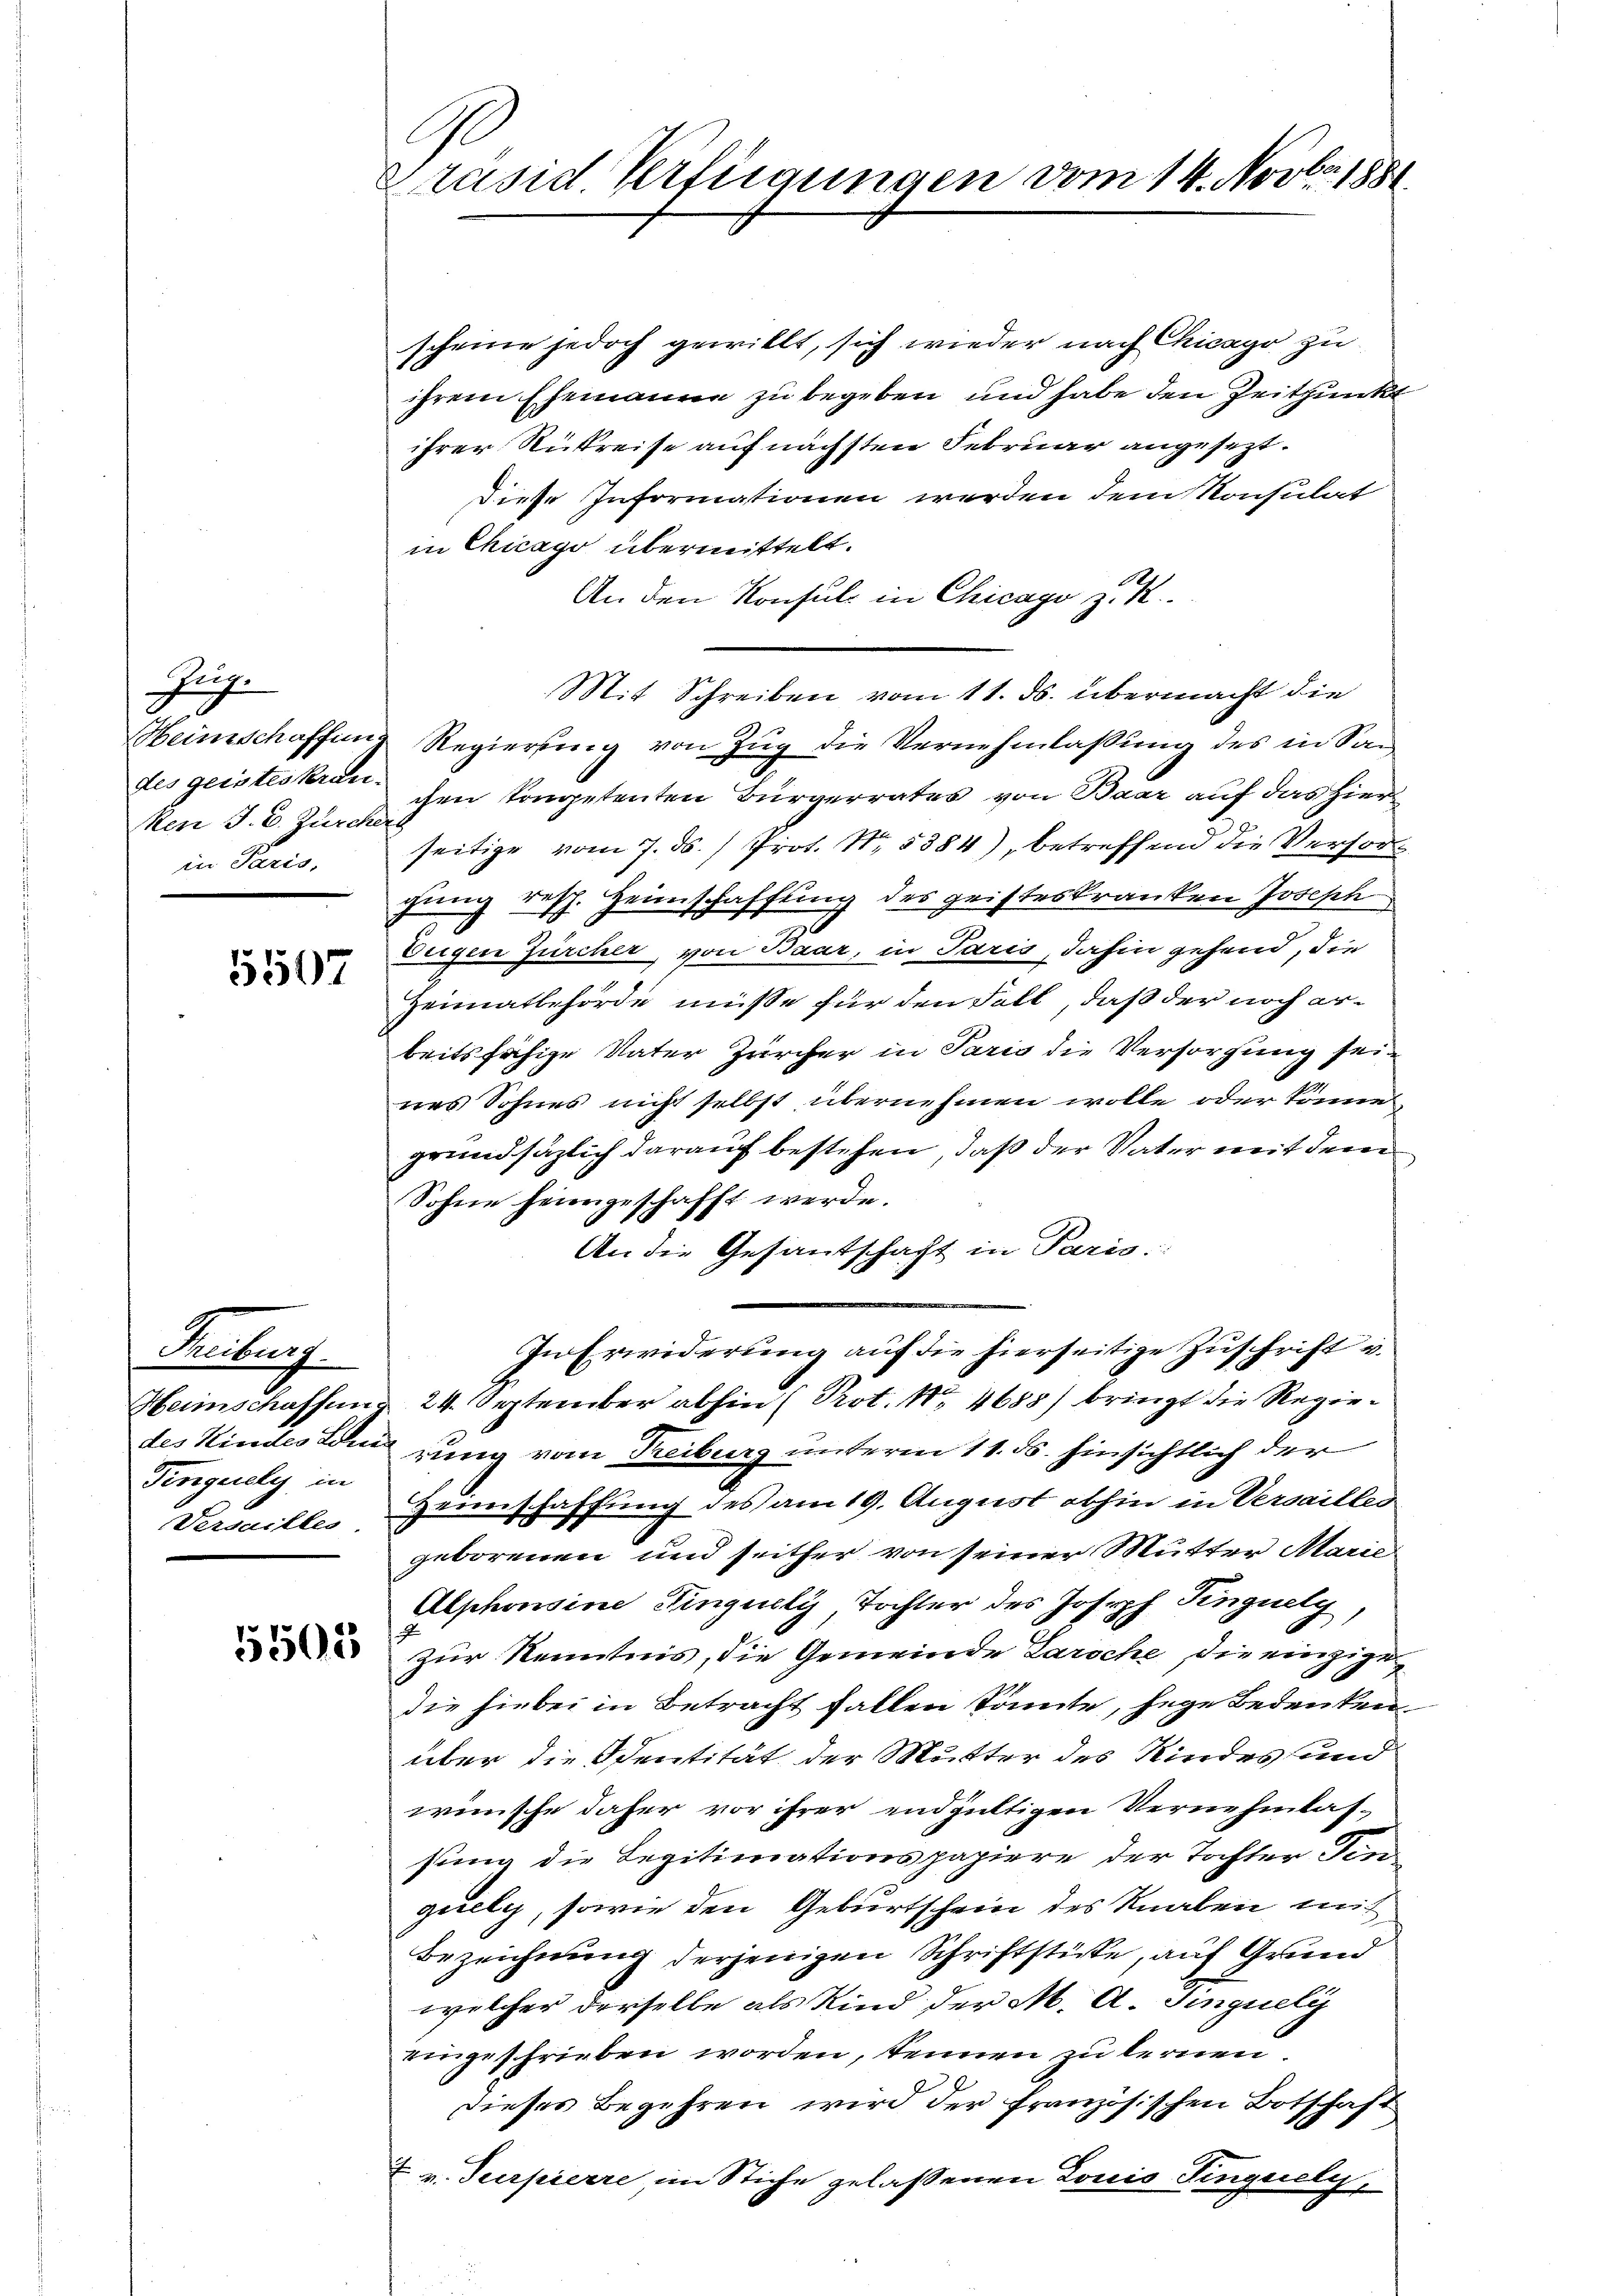
Juge
des geisteskran
Ren J. C. Zürcher
in Paris,

5507

Rechtsf
Fingerey in

5505

C
Präsid. Verfügungen vom 14. Novbr. 1881

scheine jedoch gewillt, sich wieder nach Chicago zu
ihrem Ehemanne zu begeben und habe den Zeitpunkt
ihrer Rückreise auf nächsten Februar angesezt.
Diese Informationen werden dem Konsulat
in Chicago übermittelt.
An den Konsul in Chicago z. K.
Mit Schreiben vom 11. ds. übermacht die
Heimschaffung Regierung von Zug die Vernehmlassung des in Son
chen Competenten Bürgerrates von Baar auf das hierseitige vom 7. ds. / Prot. Nr. 5384), betreffend die Versor
gung resp. Heimschaffung des geisteskranken Joseph
Zeigen Zürcher, von Baar, in Paris, dahin gehend, die
Heimatbehörde müße für den Fall, daß der noch erbeitsfähige Vater Zürcher in Paris die Versorgung sei¬
u
nes Sohnes nicht selbst übernehmen wolle oder könne,
grundsäzlich darauf bestehen, daß der Vater mit dem
Sohne heimgeschafft werde.
An die Gesantschaft in Paris.
2
In Erwiderung auf die hierseitige Zuschrift u.
Heimschaffung 24. September abhin (Prot. Nr. 4688) bringt die Regiedes Kindes Sohn zung vom Treiburg unterm 11. ds. hinsichtlich der
Versaille Zinschaffung des am 19. August abhin in Versailles
geborenen und seither von seiner Mutter Marie
Alphonsine Finguely, Tochter des Joseph Singuelg
zur Kenntnis, die Gemeinde Laroche, die einzige
die hiebei in Betracht fallen Sonnte, sege Bedenken
über die Sentität der Mutter des Kindes und
wünsche daher vor ihrer endgültigen Vernehmlas-
sung die Legitimationspapiere der Tochter Ten
quely, sowie den Geburtschein des Knaben mit
Bezeichnung derjenigen Schriftstücke, auf Grund
welcher derselbe als Kind der M. A. Singueli
eingeschrieben worden, kennen zu lernen.
dieses Begehren wird der französischen Botschaft
I v. Surpierre, im Stiche gelassenen Louis Fingesely,